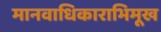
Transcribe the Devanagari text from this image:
मानवाधिकाराभिमूख